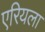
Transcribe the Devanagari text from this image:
एरियला